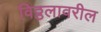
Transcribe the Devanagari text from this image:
विठ्ठलावरील